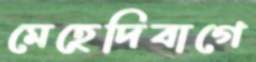
মেহেদিবাগে